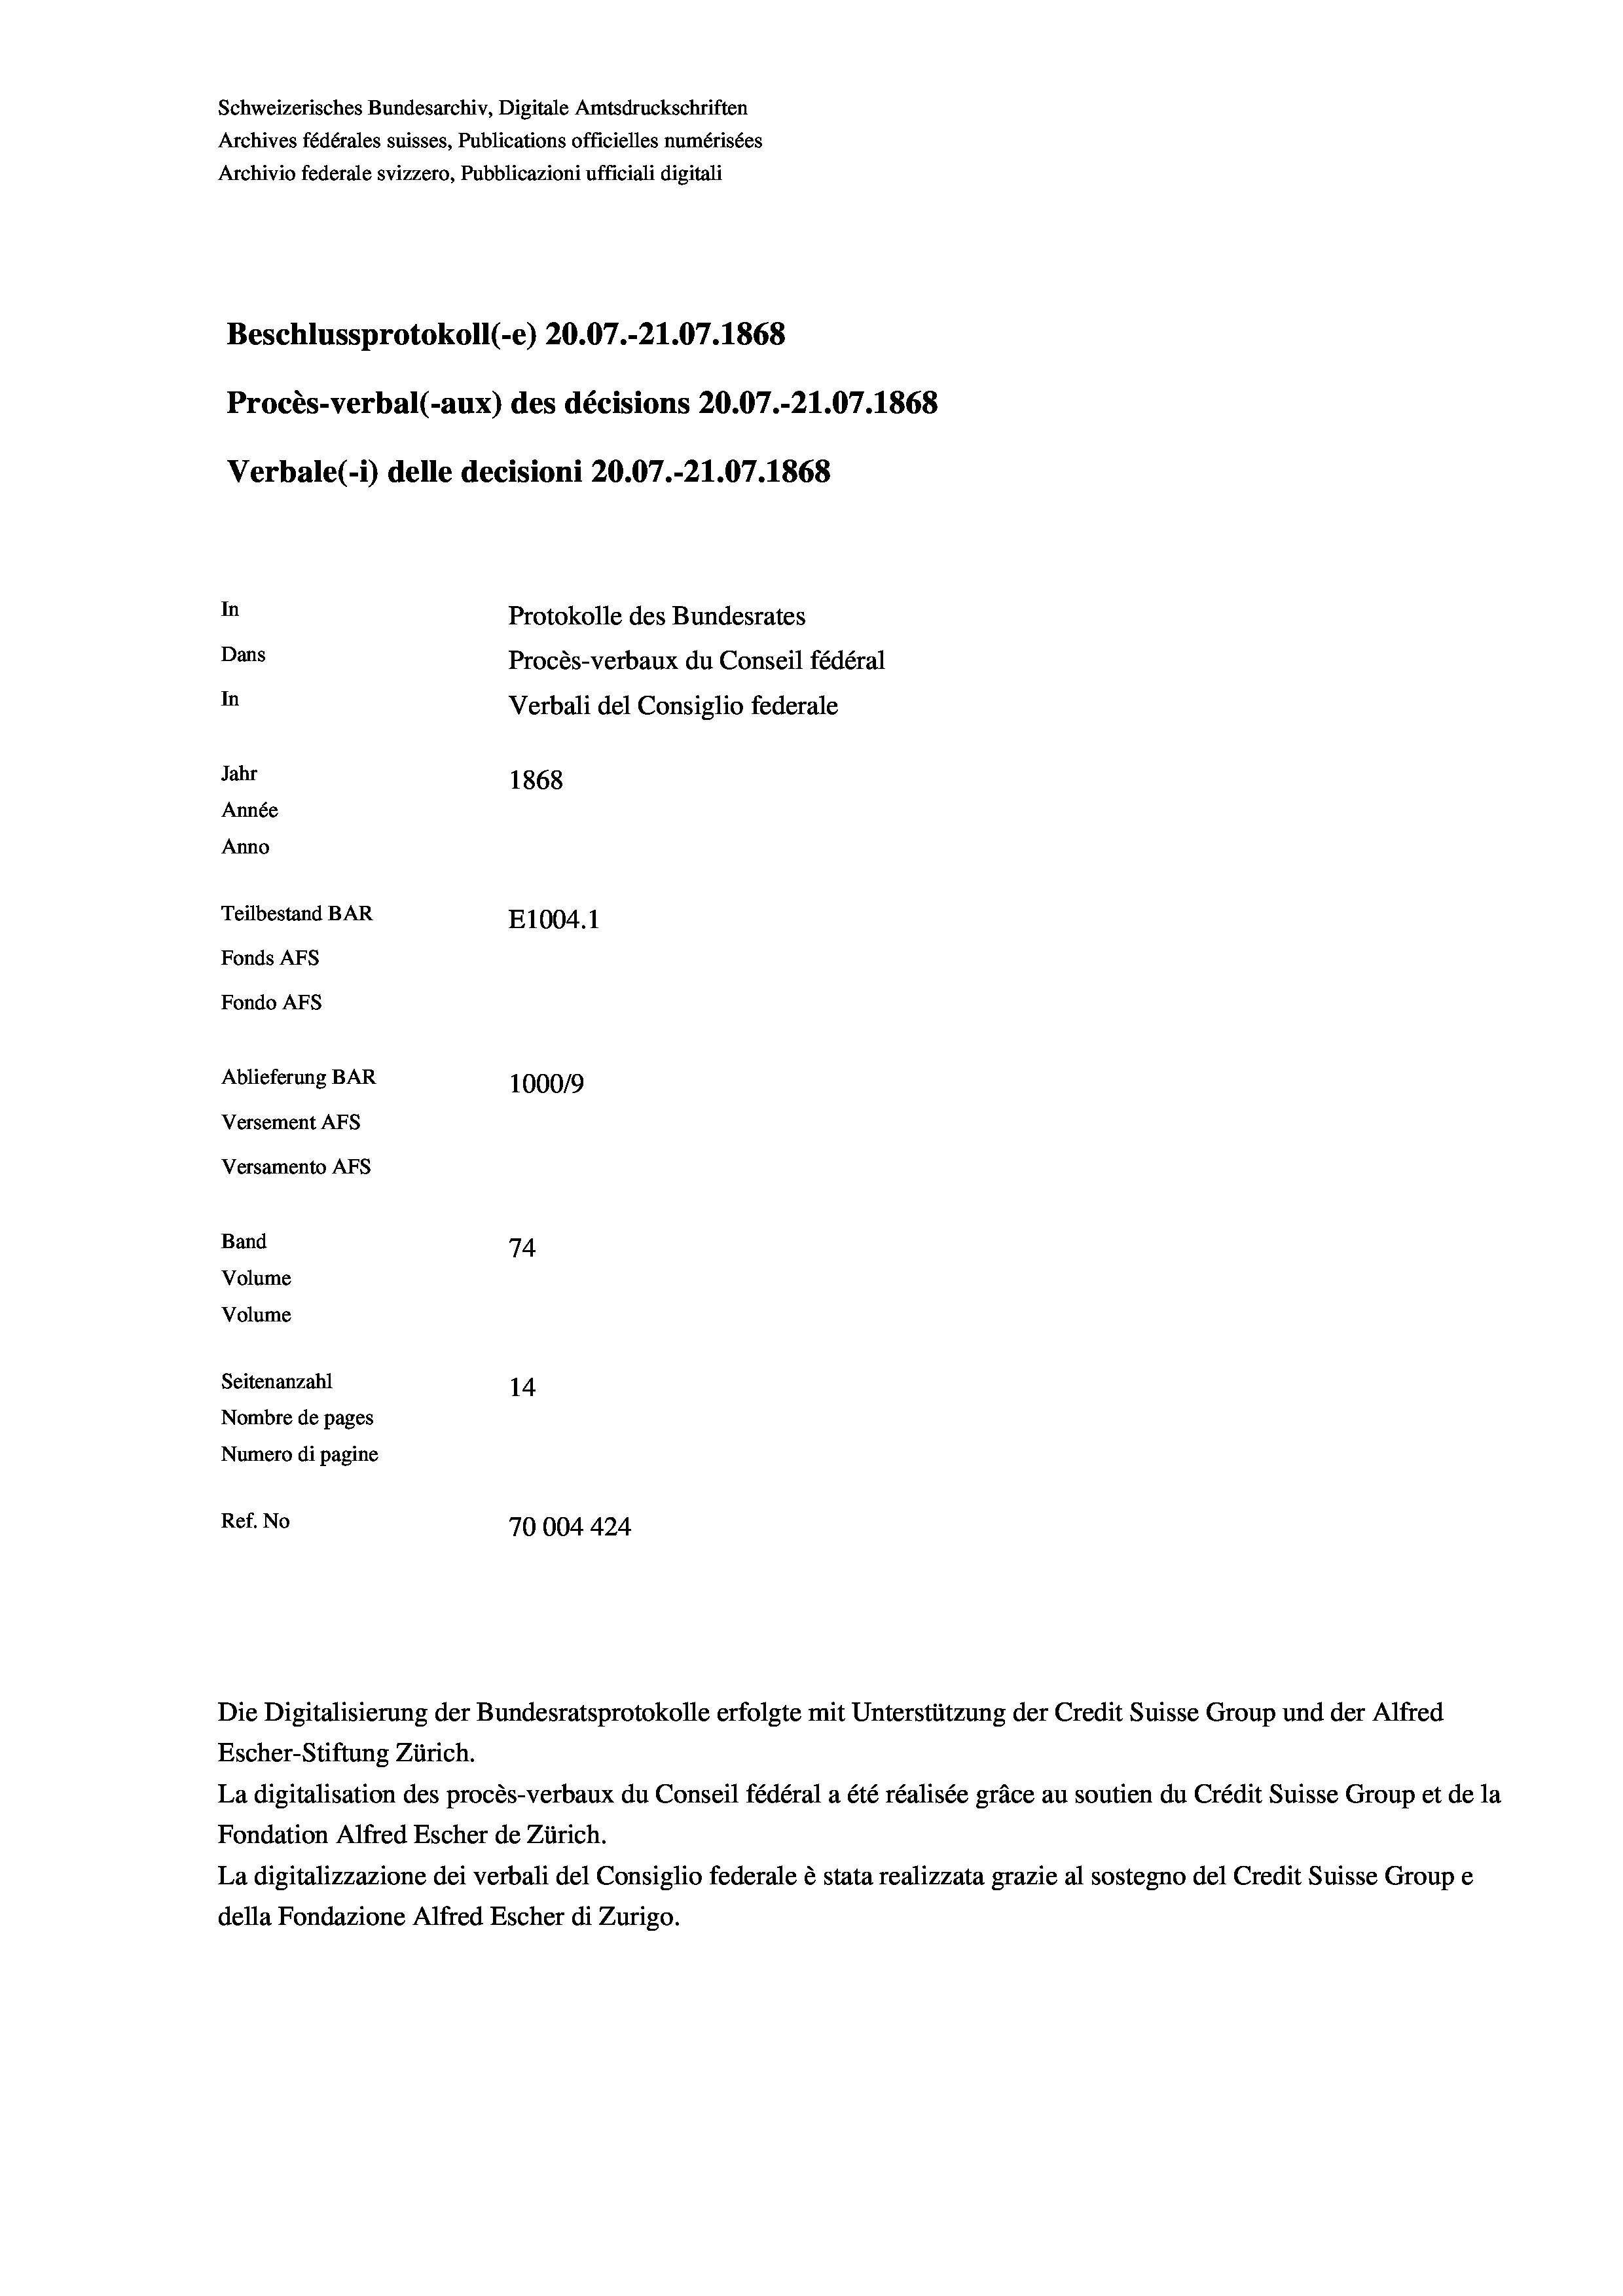
Schweizerisches Bundesarchiv, Digitale Amtsdruckschriften
Archives fédérales suisses, Publications officielles numérisées
Archivio federale svizzero, Pubblicazioni ufficiali digitali
Beschlussprotokoll (-e) 20.07.-21.07. 1868
Procès-verbal (-aux) des décisions 20.07.-21.07. 1868
Verbale(*) delle decisioni 20.07.-21.07. 1868
In
Protokolle des Bundesrates
Dans
Procès-verbaux du Conseil fédéral
In
Verbali del Consiglio federale
Jahr
1868
Année
Anno
Teilbestand BAR
E1004. 1
Fonds AFs
Fondo Afs
Ablieferung BAR
100019
Versement Ans
Versamento Afs
Band
74
Volume
Volume

Seitenanzahl
14
Nombre de pages
Numero di pagine
Ref. No
70004 424

Die Digitalisierung der Bundesratsprotokolle erfolgte mit Unterstützung der Credit Suisse Group und der Alfred
Escher-Stiftung Zürich.
La digitalisation des procès-verbaux du Conseil fédéral a été réalisée gräce au soutien du Crédit Suisse Group et de la
Fondation Alfred Escher de Zürich.
La digitalizzazione dei verbali del Consiglio federale è stata realizzata grazie al sostegno del Credit Suisse Groupe
della Fondazione Alfred Escher di Zurigo.